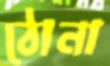
ঠোনা